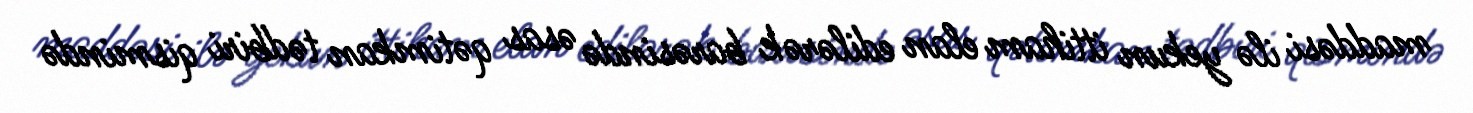
maddəsi ilə yekun ittiham elan edilərək barəsində əsas qətimkan tədbiri qismində